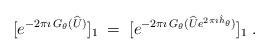
LaTeX: \begin{align*}[e^{-2\pi\imath \,G_{\theta}(\widehat{U})}]_1\;=\;[e^{-2\pi\imath \,G_{\theta}(\widehat{U}e^{2\pi\imath \hat{h}_\theta})}]_1\;.\end{align*}